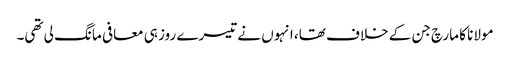
مولانا کا مارچ جن کے خلاف تھا، انہوں نے تیسرے روز ہی معافی مانگ لی تھی۔